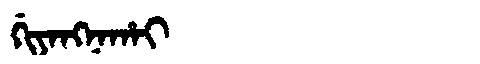
Manchu: ᡤᡳᠶᠠᠩᠨᠠᡥᠠᡳ
Romanization: GIYANGNAHAI